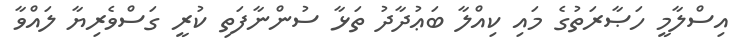
އިސްލާމީ ހަޞާރަތުގެ މައި ކިއްލާ ބަޢުދާދު ތަޅާ ސުންނާފަތި ކުރީ ގަސްވެރިޔާ ލައްވާ